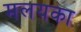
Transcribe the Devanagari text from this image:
मलयका